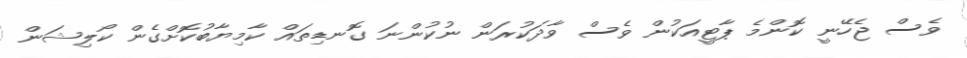
ވެސް ޖެހޭނީ ކޮންމެ ޕާޓީއަކުން ވެސް ވާދަކުރަން ނުކުންނަ ގޮނޑިތައް ކާމިޔާބުކޮށްގެން ކޯލިޝަން